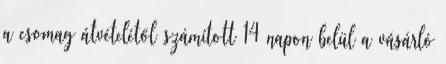
a csomag átvételétől számított 14 napon belül a vásárló